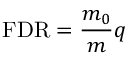
\mathrm { F D R } = { \frac { m _ { 0 } } { m } } q